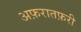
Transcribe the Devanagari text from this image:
अफ़रातफ़री